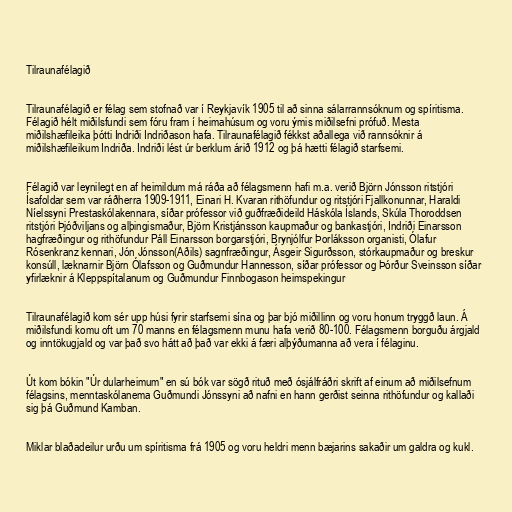
Tilraunafélagið

Tilraunafélagið er félag sem stofnað var í Reykjavík 1905 til að sinna sálarrannsóknum og spíritisma.
Félagið hélt miðilsfundi sem fóru fram í heimahúsum og voru ýmis miðilsefni prófuð. Mesta
miðilshæfileika þótti Indriði Indriðason hafa. Tilraunafélagið fékkst aðallega við rannsóknir á
miðilshæfileikum Indriða. Indriði lést úr berklum árið 1912 og þá hætti félagið starfsemi.

Félagið var leynilegt en af heimildum má ráða að félagsmenn hafi m.a. verið Björn Jónsson ritstjóri
Ísafoldar sem var ráðherra 1909-1911, Einari H. Kvaran rithöfundur og ritstjóri Fjallkonunnar, Haraldi
Níelssyni Prestaskólakennara, síðar prófessor við guðfræðideild Háskóla Íslands, Skúla Thoroddsen
ritstjóri Þjóðviljans og alþingismaður, Björn Kristjánsson kaupmaður og bankastjóri, Indriði Einarsson
hagfræðingur og rithöfundur Páll Einarsson borgarstjóri, Brynjólfur Þorláksson organisti, Ólafur
Rósenkranz kennari, Jón Jónsson(Aðils) sagnfræðingur, Ásgeir Sigurðsson, stórkaupmaður og breskur
konsúll, læknarnir Björn Ólafsson og Guðmundur Hannesson, síðar prófessor og Þórður Sveinsson síðar
yfirlæknir á Kleppspítalanum og Guðmundur Finnbogason heimspekingur

Tilraunafélagið kom sér upp húsi fyrir starfsemi sína og þar bjó miðillinn og voru honum tryggð laun. Á
miðilsfundi komu oft um 70 manns en félagsmenn munu hafa verið 80-100. Félagsmenn borguðu árgjald
og inntökugjald og var það svo hátt að það var ekki á færi alþýðumanna að vera í félaginu.

Út kom bókin "Úr dularheimum" en sú bók var sögð rituð með ósjálfráðri skrift af einum að miðilsefnum
félagsins, menntaskólanema Guðmundi Jónssyni að nafni en hann gerðist seinna rithöfundur og kallaði
sig þá Guðmund Kamban.

Miklar blaðadeilur urðu um spíritisma frá 1905 og voru heldri menn bæjarins sakaðir um galdra og kukl.